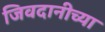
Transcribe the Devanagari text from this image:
जिवदानीच्या